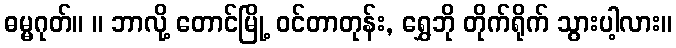
ဓမ္မဂုတ်။ ။ ဘာလို့ တောင်မြို့ ဝင်တာတုန်း, ရွှေဘို တိုက်ရိုက် သွားပါ့လား။